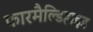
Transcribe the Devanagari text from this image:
फारमैल्डिहाइड